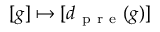
[ g ] \mapsto [ d _ { \mathrm { ~ p ~ r ~ e ~ } } ( g ) ]